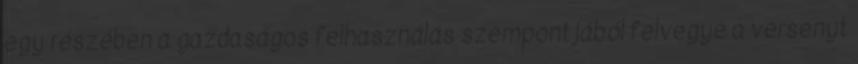
egy részében a gazdaságos felhasználás szempontjából felvegye a versenyt